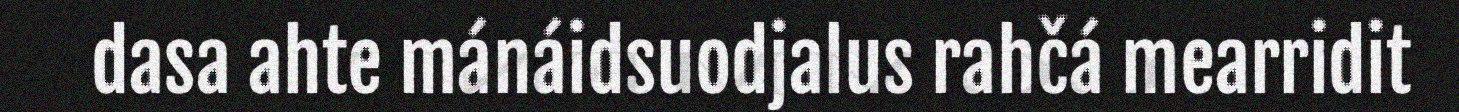
dasa ahte mánáidsuodjalus rahčá mearridit